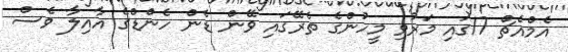
އެމްއެޗް 17ގައި މަރުވި މީހުންގެ ތެރޭގައި ވޭން ޑެން ހެންޑްގެ އާއިލާ ވެސް